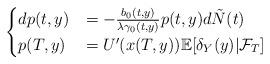
LaTeX: \begin{align*}\begin{cases}dp(t,y) &= - \frac{b_0(t,y)}{\lambda \gamma_0(t,y)} p(t,y) d\tilde{N}(t)\\p(T,y)&= U'(x(T,y))\mathbb{E}[\delta_Y(y)|\mathcal{F}_T]\end{cases}\end{align*}